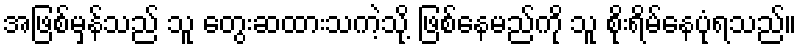
အဖြစ်မှန်သည် သူ တွေးဆထားသကဲ့သို့ ဖြစ်နေမည်ကို သူ စိုးရိမ်နေပုံရသည်။